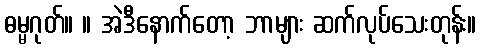
ဓမ္မဂုတ်။ ။ အဲဒီနောက်တော့ ဘာများ ဆက်လုပ်သေးတုန်း။